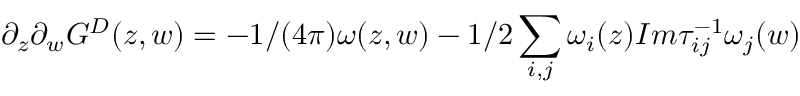
\partial _ { z } \partial _ { w } G ^ { D } ( z , w ) = - 1 / ( 4 \pi ) \omega ( z , w ) - 1 / 2 \sum _ { i , j } \omega _ { i } ( z ) I m \tau _ { i j } ^ { - 1 } \omega _ { j } ( w )